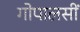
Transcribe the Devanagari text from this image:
गोपालसीं